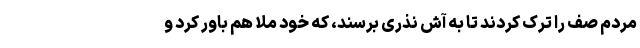
مردم صف را ترک کردند تا به آش نذری برسند، که خود ملا هم باور کرد و